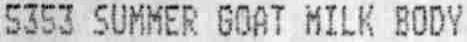
5353 SUMMER GOAT MILK BODY